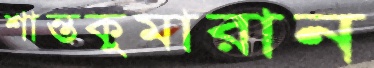
শান্তকুমারান